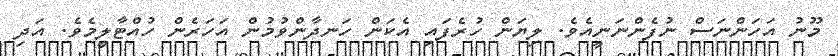
މޫނު އަހަންނަސް ނުފެންނަނީއެވެ. ލިޔަން ހުރެފައި އެކަން ހަނދާންވުމުން އަހަރެން ހުއްޓާލީމެވެ. އަދި